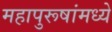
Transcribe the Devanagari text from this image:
महापुरूषांमध्ये